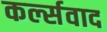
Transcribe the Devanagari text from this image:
कर्ल्सवाद